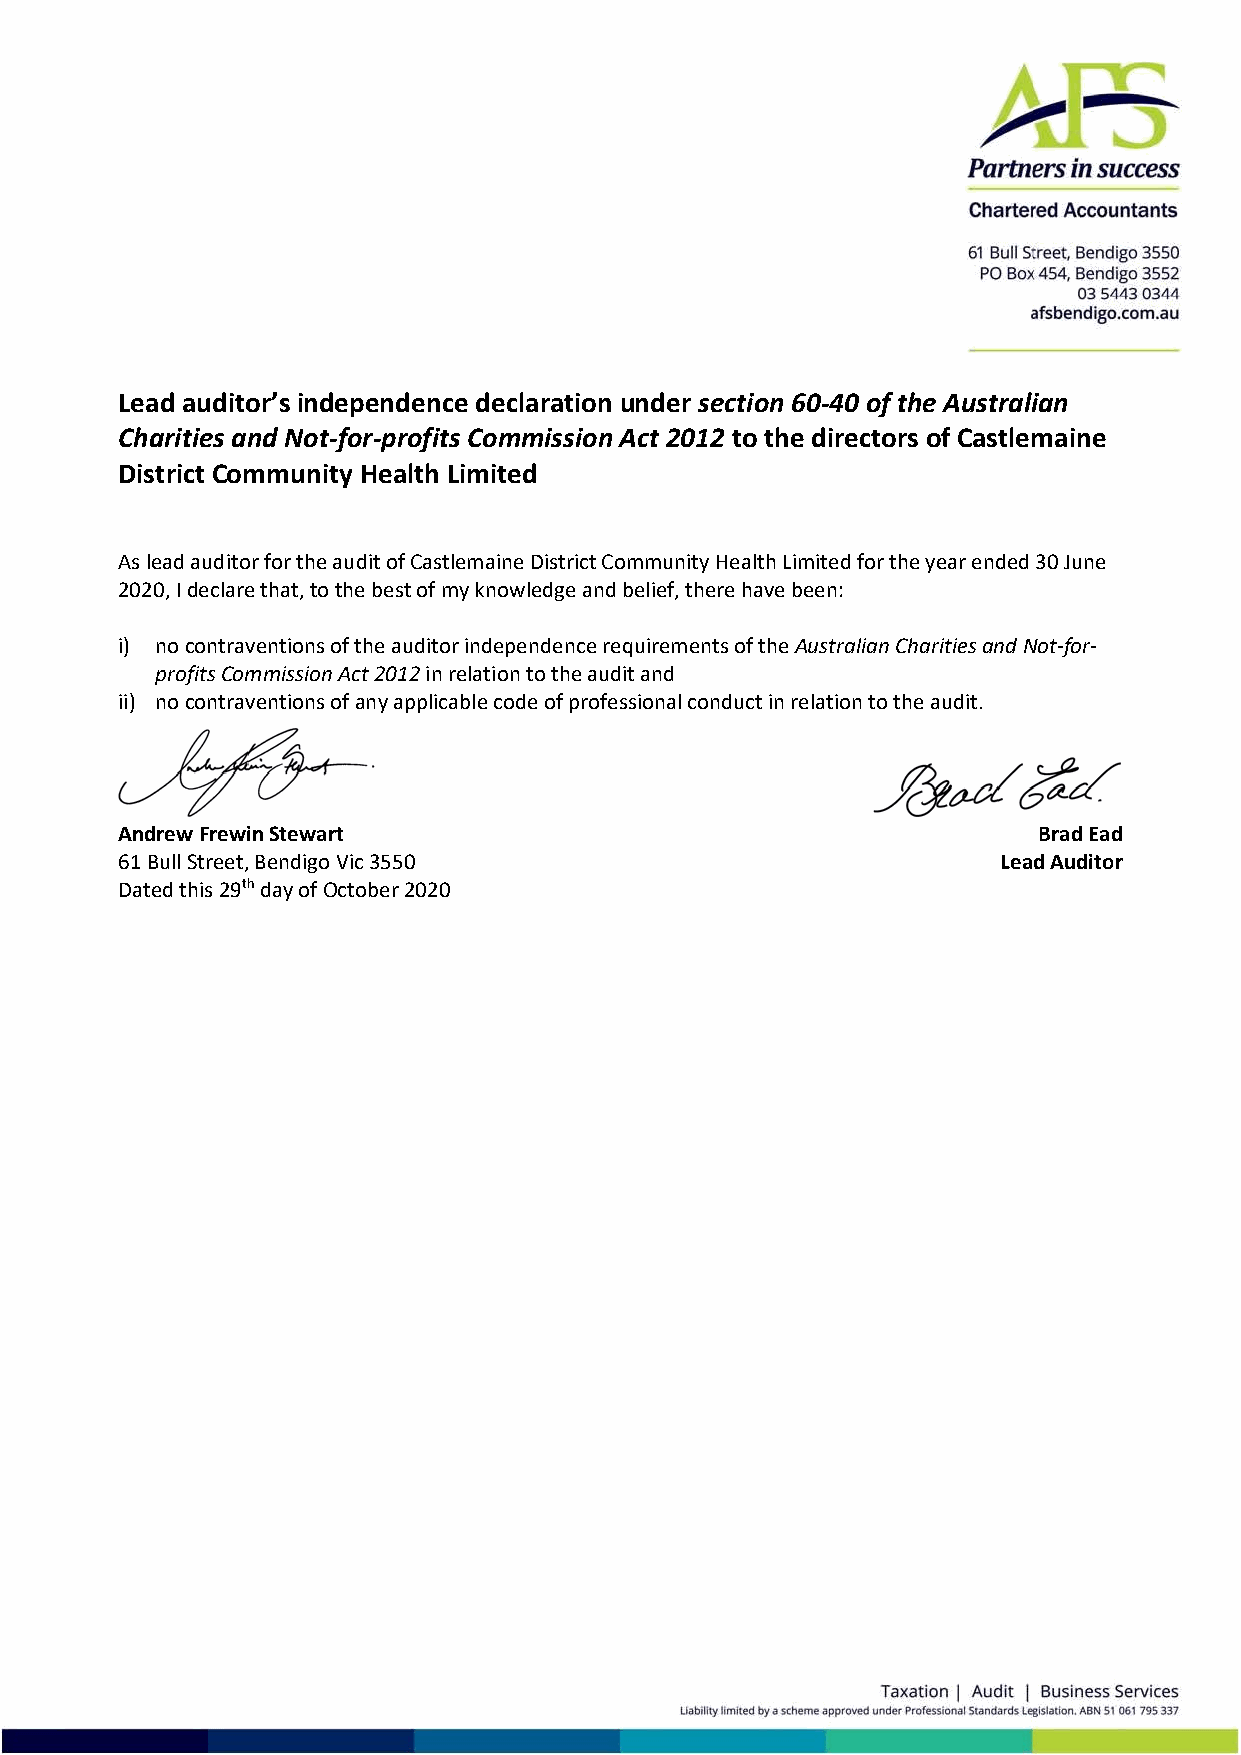
Lead auditor’s independence declaration under section 60‐40 of the Australian
 Charities and Not‐for‐profits Commission Act 2012 to the directors of Castlemaine
 District Community Health Limited
 As lead auditor for the audit of Castlemaine District Community Health Limited for the year ended 30 June
 2020, I declare that, to the best of my knowledge and belief, there have been:
 i) no contraventions of the auditor independence requirements of the Australian Charities and Not‐for‐
 profits Commission Act 2012 in relation to the audit and
 ii) no contraventions of any applicable code of professional conduct in relation to the audit.
 Andrew Frewin Stewart                                        Brad Ead
 61 Bull Street, Bendigo Vic 3550                          Lead Auditor
 Dated this 29th day of October 2020